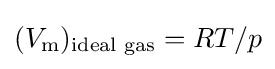
(V_{\mathrm {m} })_{\text{ideal gas}}=RT/p